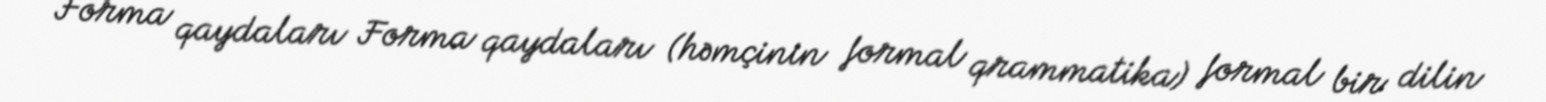
Forma qaydaları Forma qaydaları (həmçinin formal qrammatika) formal bir dilin